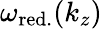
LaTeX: \omega_{\mathrm{red.}}(k_{z})